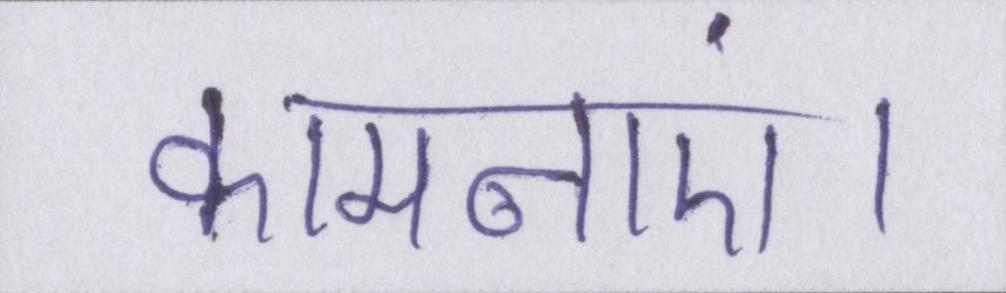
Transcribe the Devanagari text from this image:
कामनाएं।